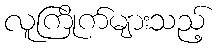
လူကြိုက်များသည့်